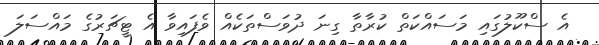
އެ ސްކޫލުގައި މަސައްކަތް ކުރާތާ ގިނަ ދުވަސްތަކެއް ވެފައިވާ އެ ޓީޗަރުގެ މައްސަލަ